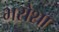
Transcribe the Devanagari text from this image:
भरोशा